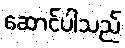
ဆောင်ပါသည်